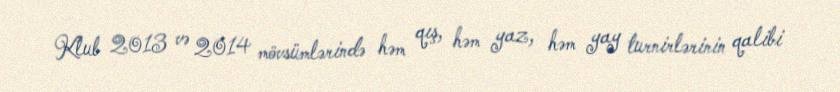
Klub 2013 və 2014 mövsümlərində həm qış, həm yaz, həm yay turnirlərinin qalibi